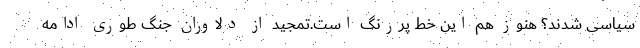
سیاسی شدند؟ هنوز هم این خط پررنگ است.تمجید از دلاوران جنگ طوری ادامه